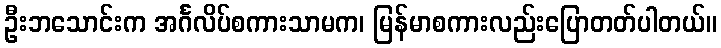
ဦးဘသောင်းက အင်္ဂလိပ်စကားသာမက၊ မြန်မာစကားလည်းပြောတတ်ပါတယ်။